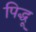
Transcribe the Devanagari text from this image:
पिद्धू